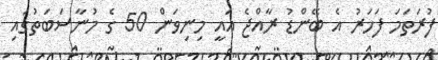
ފުރަތަމަ ފަހަރު އެ ބޭންޑު ރާއްޖެ އައީ މިނިވަން 50 ގެ މުނާސަބަތުގައި